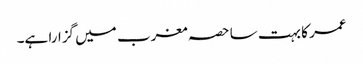
عمر کا بہت سا حصہ مغرب میں گزارا ہے۔